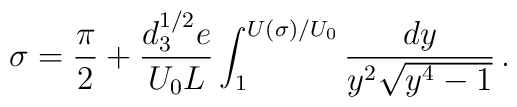
\sigma={\pi \over 2} + \frac{d_3^{1/2} e}{U_0 L}\int_1^{U(\sigma)/U_0}\frac{dy}{y^2\sqrt{y^4-1}}\,.